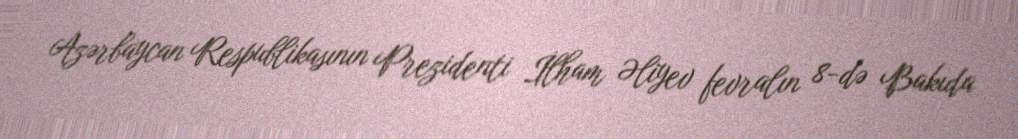
Azərbaycan Respublikasının Prezidenti İlham Əliyev fevralın 8-də Bakıda